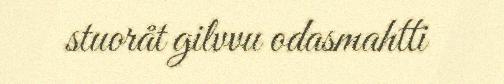
stuoråt gilvvu odasmahtti